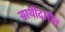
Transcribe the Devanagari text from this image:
साथीदारीत